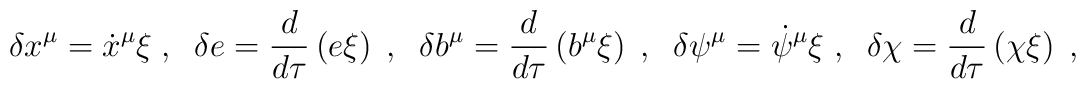
\delta x^{\mu} =  {\dot{x}}^{\mu} \xi\;,\;\;\delta e = \frac{d}{d\tau}\left(e \xi\right)\;,\;\;\delta b^\mu = \frac{d}{d\tau}\left(b^\mu\xi\right)\;,\;\;\delta \psi^\mu = \dot{\psi}^\mu\xi\;,\;\;\delta\chi = \frac{d}{d\tau}\left(\chi\xi\right)\;,